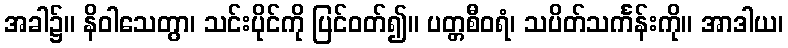
အခါ၌။ နိဝါသေတွာ၊ သင်းပိုင်ကို ပြင်ဝတ်၍။ ပတ္တစီဝရံ၊ သပိတ်သင်္ကန်းကို။ အာဒါယ၊